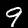
Label: 9